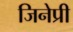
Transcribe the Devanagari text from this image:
जिनेप्री